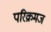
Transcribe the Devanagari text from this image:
परिक्रमज